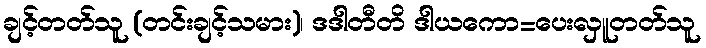
ချင့်တတ်သူ (တင်းချင့်သမား)၊ ဒဒါတီတိ ဒါယကော=ပေးလှူတတ်သူ